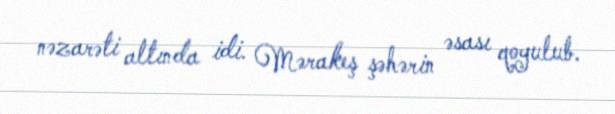
nəzarəti altında idi. Mərakeş şəhərin əsası qoyulub.